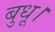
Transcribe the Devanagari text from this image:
बुधू।